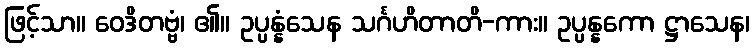
ဖြင့်သာ။ ဝေဒိတဗ္ဗံ၊ ၏။ ဥပ္ပန္နံသေန သင်္ဂဟိတာတိ-ကား။ ဥပ္ပန္နကော ဋ္ဌာသေန၊